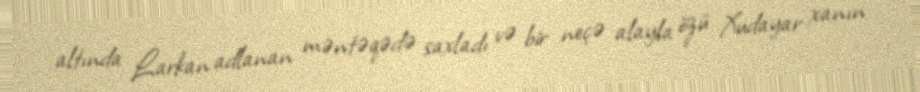
altında Larkan adlanan məntəqədə saxladı və bir neçə alayla özü Xudayar xanın